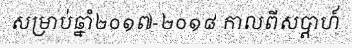
សម្រាប់ឆ្នាំ២០១៧-២០១៨ កាលពីសប្តាហ៍